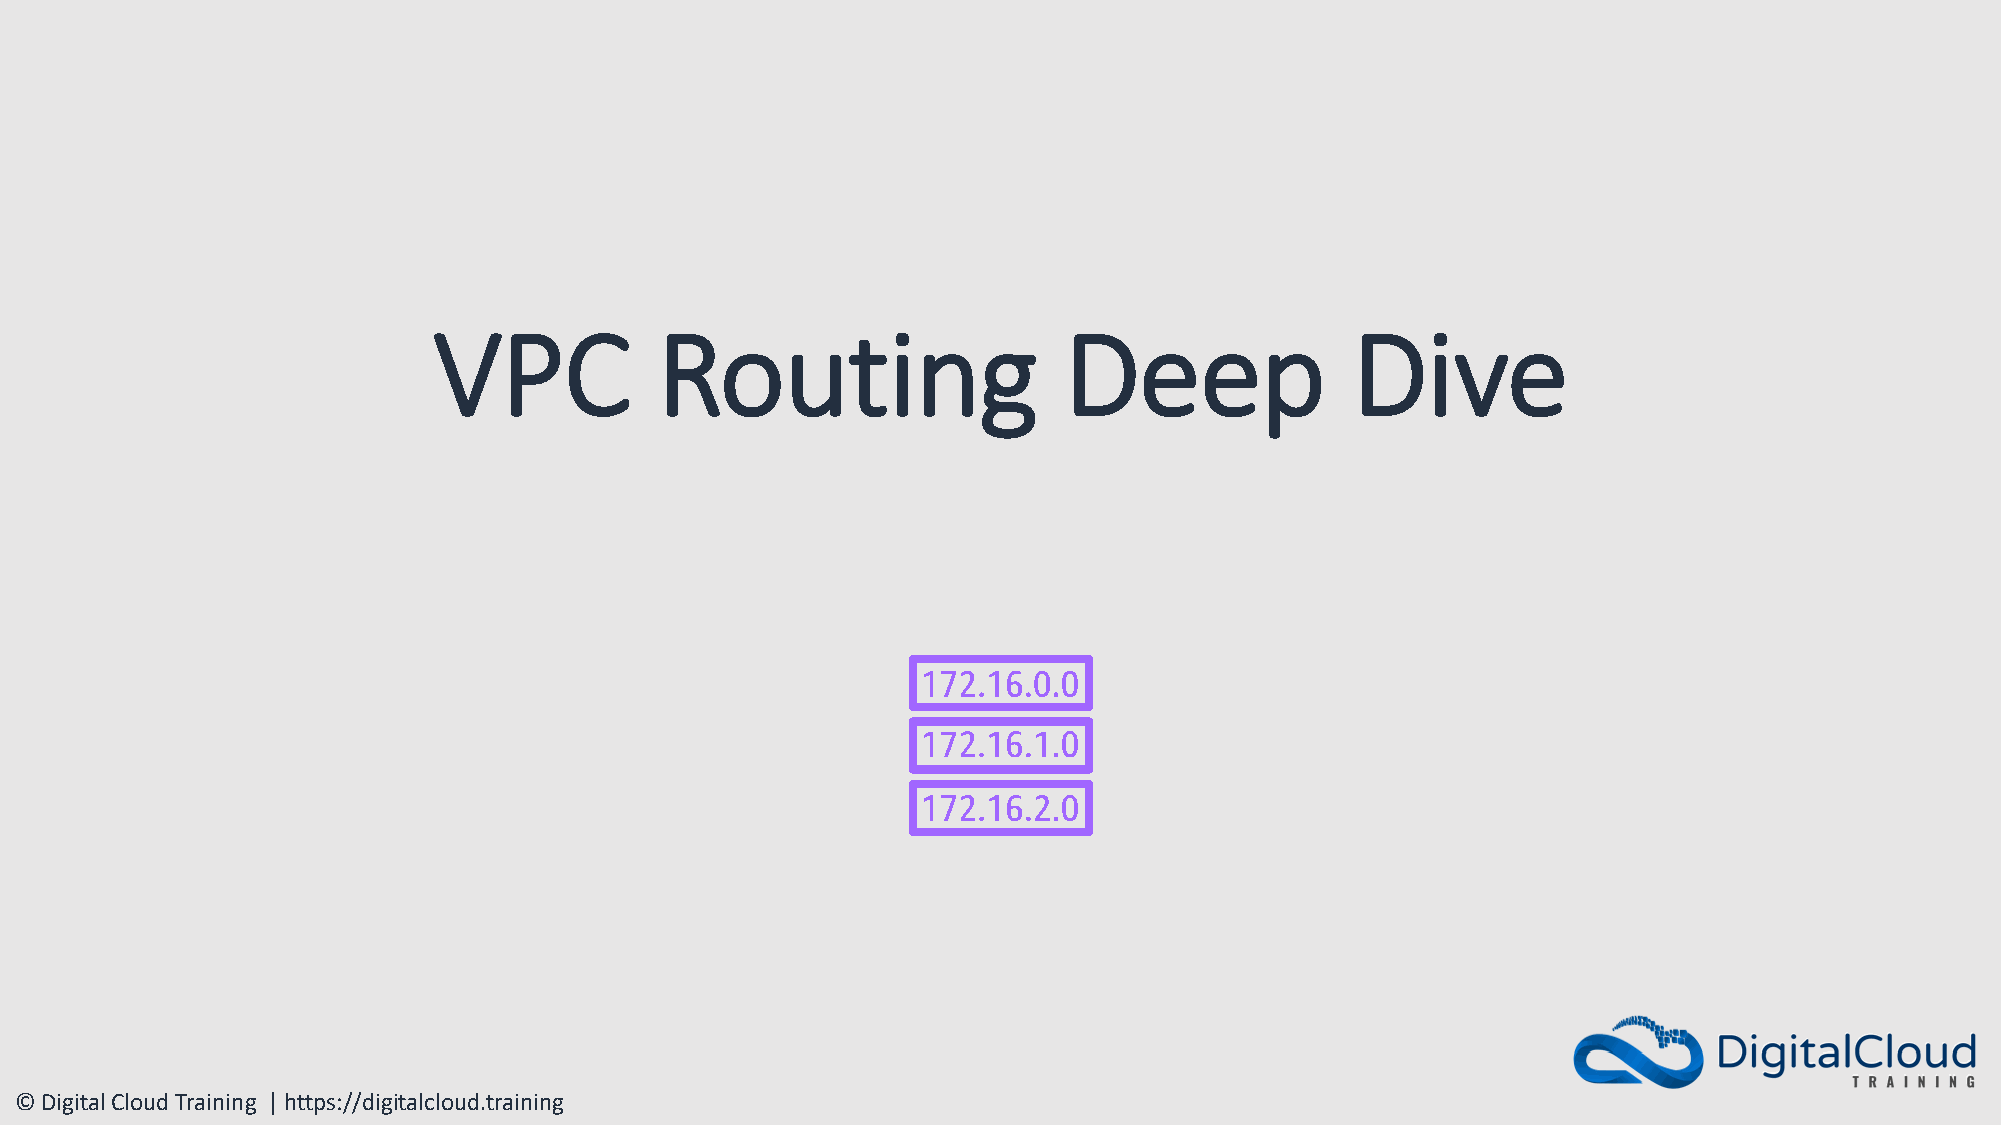
VPC           Routing                    Deep               Dive
 © Digital Cloud Training | https://digitalcloud.training